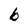
Character: b